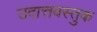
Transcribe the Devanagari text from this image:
उदात्तवस्तुक